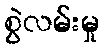
စွဲလမ်းမှု